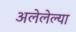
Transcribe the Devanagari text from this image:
अलेलेल्या